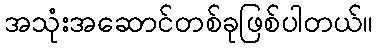
အသုံးအဆောင်တစ်ခုဖြစ်ပါတယ်။